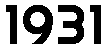
1931